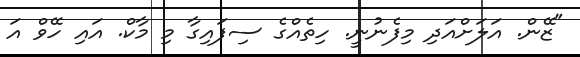
"ޒޭން. އަލަށްއަދި މިފެނުނީ. ހިތެއްގެ ސިފައިގާ މި މާކް. އައި ހޭވް އަ